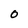
Character: 0